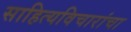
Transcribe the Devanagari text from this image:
साहित्यविचारांचा